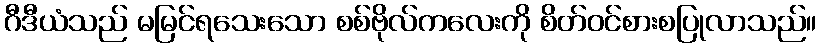
ဂီဒီယံသည် မမြင်ရသေးသော စစ်ဗိုလ်ကလေးကို စိတ်ဝင်စားစပြုလာသည်။